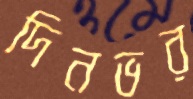
দিনভর